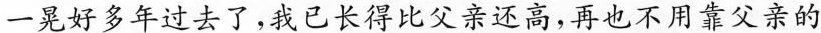
一晃好多年过去了，我已长得比父亲还高，再也不用靠父亲的